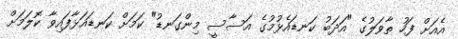
އެއަށް ފަހު ތާވަލުގެ "އަދަބު ކަނޑައެޅުމުގެ އަސާސީ މިންގަނޑު" ކަމަށް ކަނޑައަޅާފައިވާ ކޮލަމަށް